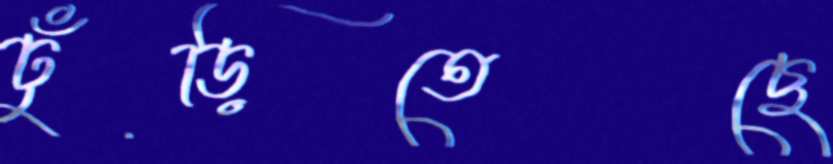
ঢুঁড়িতেছে